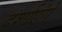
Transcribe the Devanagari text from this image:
दर्शाएंगे